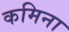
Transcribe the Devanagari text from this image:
कमिना